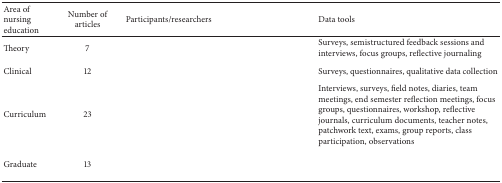
<table><thead><tr><td><b>Area of nursing education</b></td><td><b>Number of articles</b></td><td><b>Participants/researchers</b></td><td><b>Data tools</b></td></tr></thead><tbody><tr><td>Theory</td><td>7</td><td>[EMPTY_CELL]</td><td>Surveys, semistructured feedback sessions and interviews, focus groups, reflective journaling</td></tr><tr><td>Clinical</td><td>12</td><td>[EMPTY_CELL]</td><td>Surveys, questionnaires, qualitative data collection</td></tr><tr><td>Curriculum</td><td>23</td><td>[EMPTY_CELL]</td><td>Interviews, surveys, field notes, diaries, team meetings, end semester reflection meetings, focus groups, questionnaires, workshop, reflective journals, curriculum documents, teacher notes, patchwork text, exams, group reports, class participation, observations</td></tr><tr><td>Graduate</td><td>13</td><td>[EMPTY_CELL]</td><td>[EMPTY_CELL]</td></tr></tbody></table>